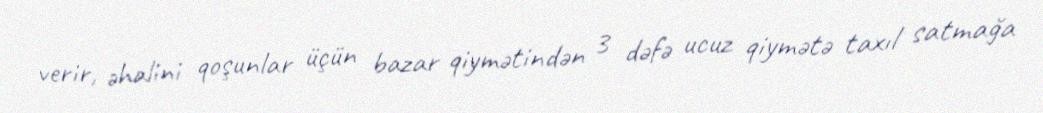
verir, əhalini qoşunlar üçün bazar qiymətindən 3 dəfə ucuz qiymətə taxıl satmağa